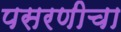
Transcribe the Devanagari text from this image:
पसरणीचा